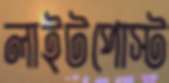
লাইটপোস্ট